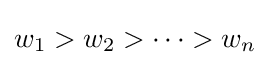
w_{1}>w_{2}>\cdots >w_{n}